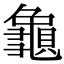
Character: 𪚾